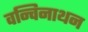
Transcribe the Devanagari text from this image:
वन्चिनाथन